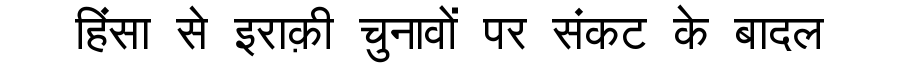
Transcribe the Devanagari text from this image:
हिंसा से इराक़ी चुनावों पर संकट के बादल